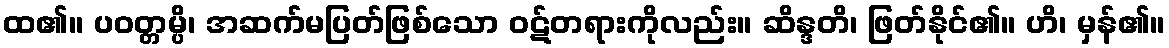
ထ၏။ ပဝတ္တမ္ပိ၊ အဆက်မပြတ်ဖြစ်သော ဝဋ်တရားကိုလည်း။ ဆိန္ဒတိ၊ ဖြတ်နိုင်၏။ ဟိ၊ မှန်၏။